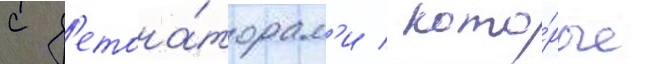
с д'етона́торам'и / кото́рые